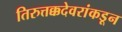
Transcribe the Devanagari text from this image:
तिरुत्तक्कदेवरांकडून